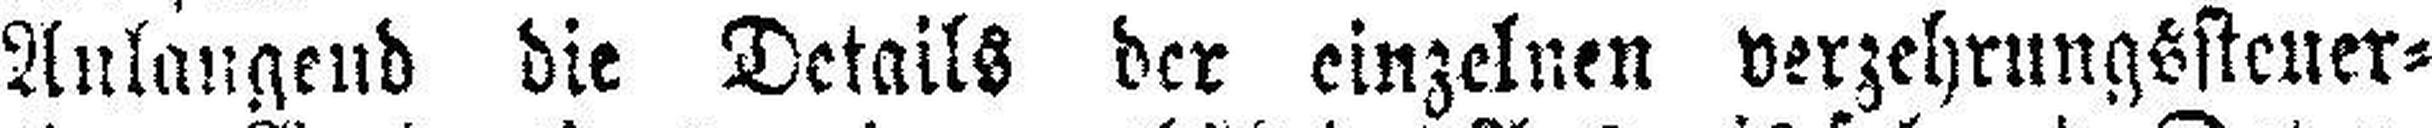
Anlangend die Details der einzelnen verzehrungssteuer¬